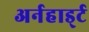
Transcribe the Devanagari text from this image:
अर्नहार्ड्ट